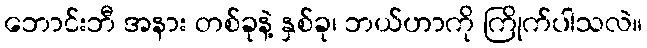
ဘောင်းဘီ အနား တစ်ခုနဲ့ နှစ်ခု၊ ဘယ်ဟာကို ကြိုက်ပါသလဲ။